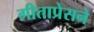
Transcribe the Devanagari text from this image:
गीताप्रेसने